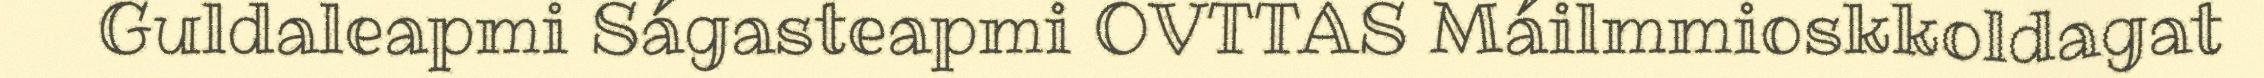
Guldaleapmi Ságasteapmi OVTTAS Máilmmioskkoldagat